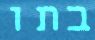
בתו